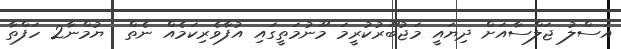
އަސްލު ޖަލްސާއަށް ދިޔައީ މަޖުބޫރުކުރީމަ މޫނުމަތީގައި އުފާވެރިކަމެއް ނެތް  ޔުމްނާ2 ހަފްތާ